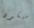
سيكون